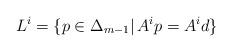
\begin{align*} L^{i} = \{ p \in \Delta_{m-1} \vert \, A^{i}p = A^{i}d \}\end{align*}